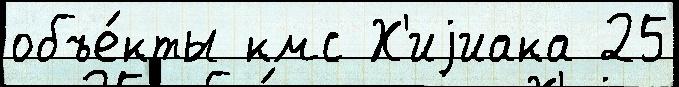
объе́кты кмс Х'иjиака 25